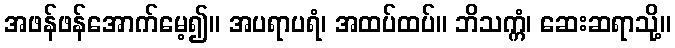
အဖန်ဖန်အောက်မေ့၍။ အပရာပရံ၊ အထပ်ထပ်။ ဘိသက္ကံ၊ ဆေးဆရာသို့။